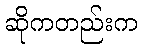
ဆိုကတည်းက